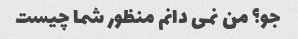
جو؟ من نمی دانم منظور شما چیست